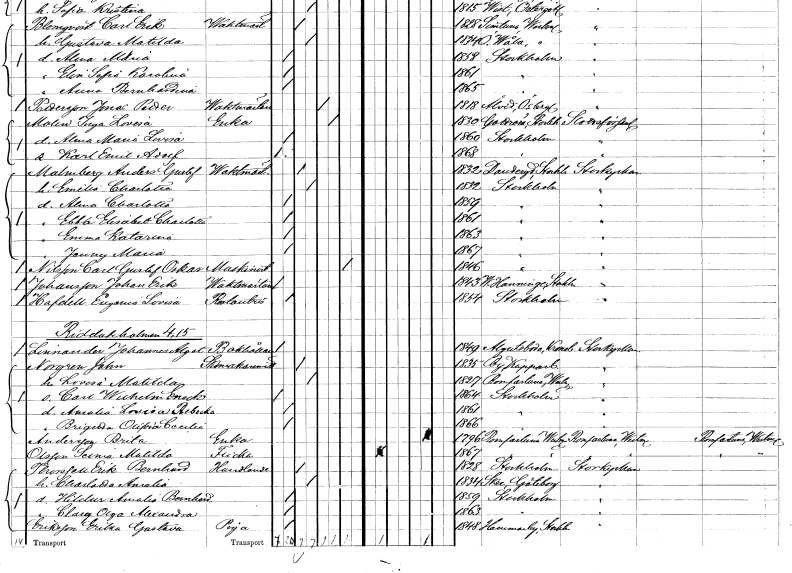
gt_parse: households: individuals: FN: Anders Gustaf
EN: Malmberg
YRKE: Vaktmästare
KON: M
CIV: G
FODAR: 1832
FODFORS: Danderyd Stockholms län
FN: Emilia Charlotta
KON: K
CIV: G
FODAR: 1832
FODFORS: Stockholm
FN: Alma Charlotta
KON: K
CIV: O
FODAR: 1859
FODFORS: Stockholm
FN: Ebba Elisabet Charlotta
KON: K
CIV: O
FODAR: 1861
FODFORS: Stockholm
FN: Emma Katarina
KON: K
CIV: O
FODAR: 1863
FODFORS: Stockholm
FN: Jenny Maria
KON: K
CIV: O
FODAR: 1867
FODFORS: Stockholm
FN: Carl Gustaf Oskar
EN: Nilsson
YRKE: Maskinist
KON: M
CIV: X
FODAR: 1846
FODFORS: Stockholm
FN: Johan Erik
EN: Johansson
YRKE: Vaktmästare
KON: M
CIV: O
FODAR: 1843
FODFORS: Västerhaninge Stockholms län
FN: Eugenia Lovisa
EN: Hafdell
YRKE: Restauratrice
KON: K
CIV: O
FODAR: 1854
FODFORS: Stockholm
FN: Johannes Algot
EN: Linnander
YRKE: Bokhållare
KON: M
CIV: O
FODAR: 1849
FODFORS: Algutsboda Kalmar län
FN: John
EN: Norgren
YRKE: Skomakarmäster
KON: M
CIV: G
FODAR: 1835
FODFORS: By Kopparbergs län
FN: Lovisa Matilda
KON: K
CIV: G
FODAR: 1827
FODFORS: Romfartuna Västmanlands län
FN: Carl Wilhelm Enock
KON: M
CIV: O
FODAR: 1864
FODFORS: Stockholm
FN: Amalia Lovisa Rebecka
KON: K
CIV: O
FODAR: 1861
FODFORS: Stockholm
FN: Brigitta Olifvia Cecilia
KON: K
CIV: O
FODAR: 1866
FODFORS: Stockholm
FN: Brita
EN: Andersson
YRKE: Änka
KON: K
CIV: E
FODAR: 1796
FODFORS: Romfartuna Västmanlands län
FN: Selma Matilda
EN: Olsson
KON: K
CIV: O
FODAR: 1867
FODFORS: Romfartuna Västmanlands län
FN: Erik Bernhard
EN: Thonfell
YRKE: Handlande
KON: M
CIV: G
FODAR: 1828
FODFORS: Stockholm
FN: Charlotta Amalia
KON: K
CIV: G
FODAR: 1834
FODFORS: Skee Göteborgs- och Bohuslän
FN: Hildur Amalia Bernhardina
KON: K
CIV: O
FODAR: 1859
FODFORS: Stockholm
FN: Clary Olga Alexandra
KON: K
CIV: O
FODAR: 1863
FODFORS: Stockholm
FN: Erika Gustava
EN: Eriksson
YRKE: Piga
KON: K
CIV: O
FODAR: 1848
FODFORS: Hammarby Stockholms län